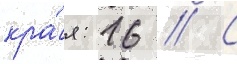
кра́я: 16 // С